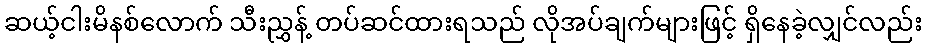
ဆယ့်ငါးမိနစ်လောက် သီးညွှန့် တပ်ဆင်ထားရသည် လိုအပ်ချက်များဖြင့် ရှိနေခဲ့လျှင်လည်း